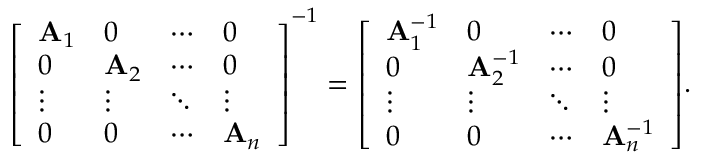
{ \left[ \begin{array} { l l l l } { \mathbf { A } _ { 1 } } & { 0 } & { \cdots } & { 0 } \\ { 0 } & { \mathbf { A } _ { 2 } } & { \cdots } & { 0 } \\ { \vdots } & { \vdots } & { \ddots } & { \vdots } \\ { 0 } & { 0 } & { \cdots } & { \mathbf { A } _ { n } } \end{array} \right] } ^ { - 1 } = { \left[ \begin{array} { l l l l } { \mathbf { A } _ { 1 } ^ { - 1 } } & { 0 } & { \cdots } & { 0 } \\ { 0 } & { \mathbf { A } _ { 2 } ^ { - 1 } } & { \cdots } & { 0 } \\ { \vdots } & { \vdots } & { \ddots } & { \vdots } \\ { 0 } & { 0 } & { \cdots } & { \mathbf { A } _ { n } ^ { - 1 } } \end{array} \right] } .